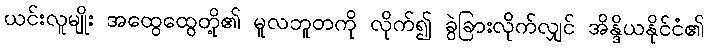
ယင်းလူမျိုး အထွေထွေတို့၏ မူလဘူတကို လိုက်၍ ခွဲခြားလိုက်လျှင် အိန္ဒိယနိုင်ငံ၏